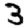
Digit: 3